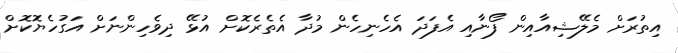
އިތުރަށް މެލޭޝިއާއިން ފޯނާއި އެފަދަ އެހެނިހެން މުދާ އެތެރެކޮށް އުޅޭ ދިވެހިންނަށް އަގުހެޔޮކޮށް